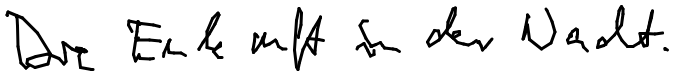
Die Eule ruft in der Nacht.